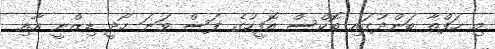
މި ހަފްތާ ބަންދުގައި ބޮކްސް އޮފީހުގެ ފަސް ވަނަ ހޯދީ ޑިޒްނީ އާއި